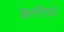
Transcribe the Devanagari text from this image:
बैरागियों